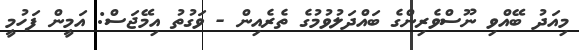
މިއަދު ބޭއްވި ނޫސްވެރިންގެ ބައްދަލުވުމުގެ ތެރެއިން - ވަގުތު އިމޭޖަސް: އަމީން ފަހުމީ